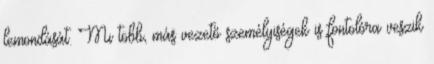
lemondását. Mi több, más vezető személyiségek is fontolóra veszik